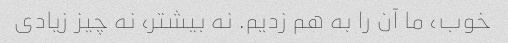
خوب، ما آن را به هم زدیم. نه بیشتر، نه چیز زیادی